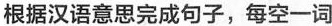
根据汉语意思完成句子,每空一词